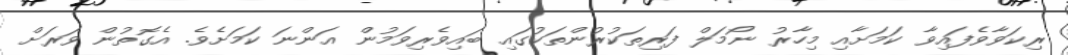
ރިކަވާވެފައިވާ ކަމަށާއި މިހާރު ނޯމަލް ފަރިތަކުރުންތަކުގައި ބައިވެރިވަމުން އަންނަ ކަމަށެވެ. އެގޮތުން ވަރަށް